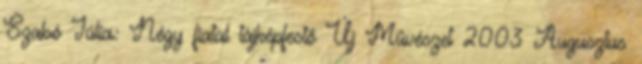
Szabó Júlia: Négy fiatal tájképfestő Új Művészet 2003 Augusztus